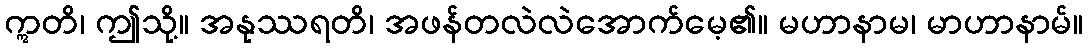
ဣတိ၊ ဤသို့။ အနုဿရတိ၊ အဖန်တလဲလဲအောက်မေ့၏။ မဟာနာမ၊ မာဟာနာမ်။